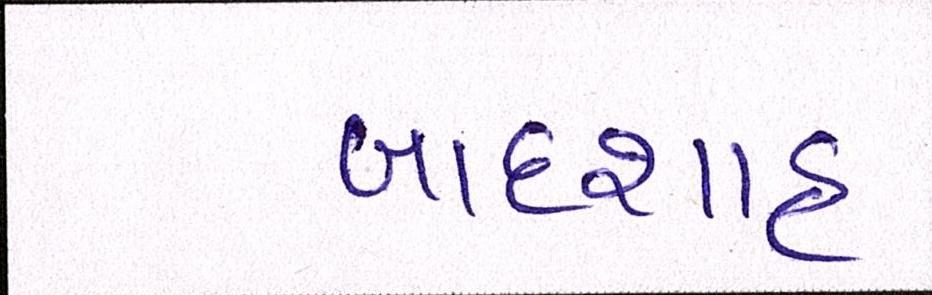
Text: બાદશાહ